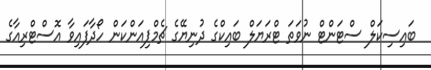
ބައިސިކަލް ސްޓަންޓް ނުވަތަ ޓްރަޔަލް ބައިކްގެ ދުނިޔޭގެ ޗެމްޕިއަންކަން ހޯދާފައިވާ އޮސްޓްރިއާގެ